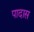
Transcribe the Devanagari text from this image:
पादास